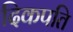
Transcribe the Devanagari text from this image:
दिकपति